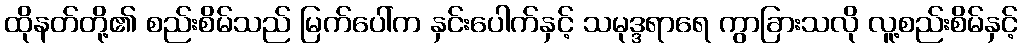
ထိုနတ်တို့၏ စည်းစိမ်သည် မြက်ပေါ်က နှင်းပေါက်နှင့် သမုဒ္ဒရာရေ ကွာခြားသလို လူ့စည်းစိမ်နှင့်